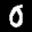
Label: 0